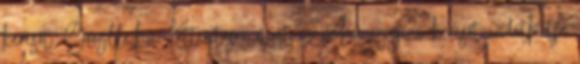
keresőt. Googlle.hu Kattintásra most az xc.hu egyéni keresőt indíthatja